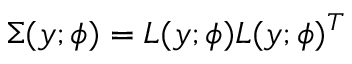
\Sigma ( y ; \phi ) = L ( y ; \phi ) L ( y ; \phi ) ^ { T }